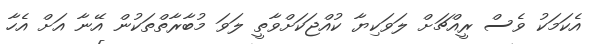
އެކަމަކު ވެސް ރީއްޗަށް ލަވަކިޔާ ކުއްޖަކަށްވާތީ ލަވަ މުބާރާތްތަކުން އޭނާ އަށް އެހާ